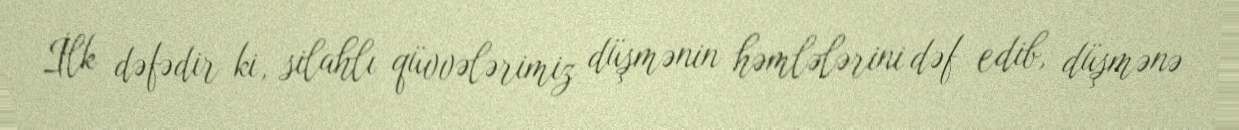
İlk dəfədir ki, silahlı qüvvələrimiz düşmənin həmlələrini dəf edib, düşmənə